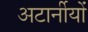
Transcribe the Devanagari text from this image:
अटार्नीयों